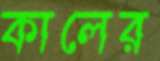
কালের